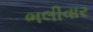
ભલીવાર